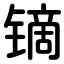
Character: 镝